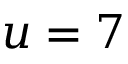
u = 7